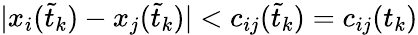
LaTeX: |x_{i}(\tilde{t}_{k})-x_{j}(\tilde{t}_{k})|<c_{ij}(\tilde{t}_{k})=c_{ij}(t_{k})